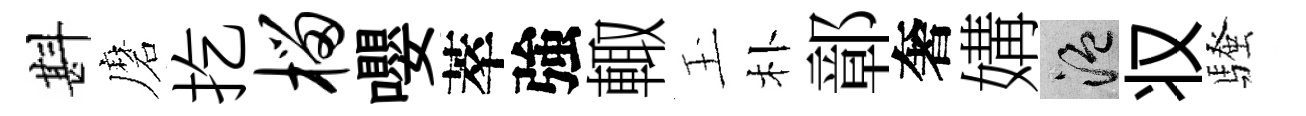
斟磨扢榴嚶萃強輙玉朴鄣奢媾温𠬧騷